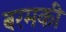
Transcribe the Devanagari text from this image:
बरमकी